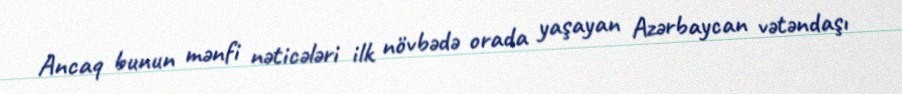
Ancaq bunun mənfi nəticələri ilk növbədə orada yaşayan Azərbaycan vətəndaşı